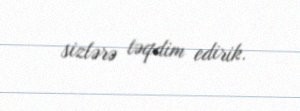
sizlərə təqdim edirik.